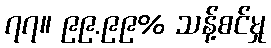
၇၇။ ၉၉.၉၉% သန့်စင်မှု